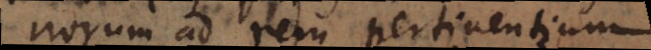
norum ad rem pertinentium